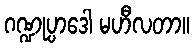
ဂဏ္ဍုပ္ပာဒေါ မဟီလတာ။